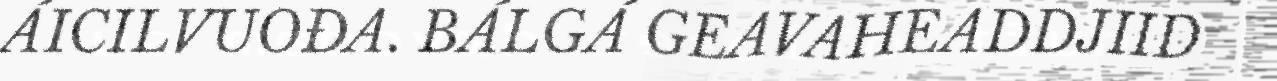
ÁICILVUOĐA. BÁLGÁ GEAVAHEADDJIID